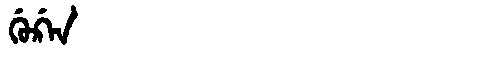
Manchu: ᡤᡠᡤ᠋ᠠᠨ
Romanization: GUG'AN